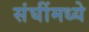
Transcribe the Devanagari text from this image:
संघींमध्ये